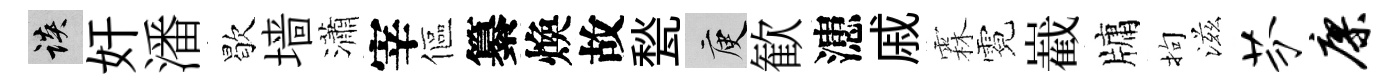
談奸潘歇墙瀟宰傴纂煥故甃庾歓漶戚霖霓嶻牗拘滋芬廖